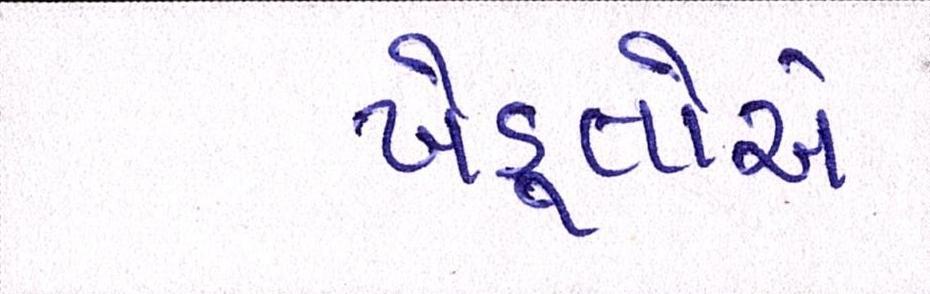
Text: ખેડ઼ૂતોએ